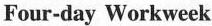
Four-day Workweek